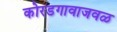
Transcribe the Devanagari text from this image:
कोरडगावाजवळ